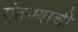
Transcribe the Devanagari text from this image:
गुंतण्याची